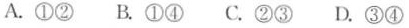
A.①②B.①④C.②③D.③④